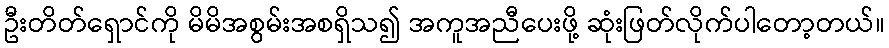
ဦးတိတ်ရှောင်ကို မိမိအစွမ်းအစရှိသ၍ အကူအညီပေးဖို့ ဆုံးဖြတ်လိုက်ပါတော့တယ်။